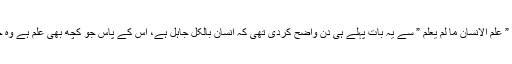
کیونکہ قرآن کریم نے ” علم الانسان ما لم یعلم ” سے یہ بات پہلے ہی دن واضح کردی تھی کہ انسان بالکل جاہل ہے، اس کے پاس جو کچھ بھی علم ہے وہ خدا کا عطاء کردہ ہے۔